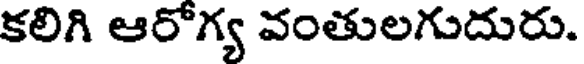
కలిగి ఆరోగ్య వంతులగుదురు.